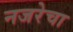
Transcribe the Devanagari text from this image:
नजरेचा